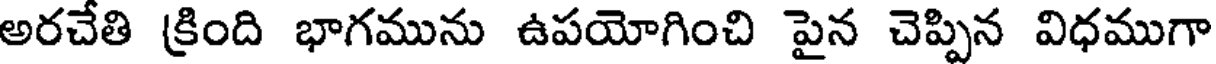
అరచేతి క్రింది భాగమును ఉపయోగించి పైన చెప్పిన విధముగా